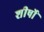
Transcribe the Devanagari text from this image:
शीर्षोॱ